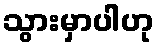
သွားမှာပါဟု